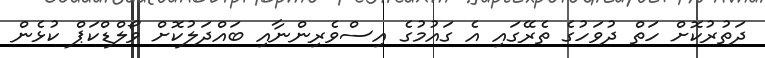
ދަތުރުކޮށް ހަތް ދުވަހުގެ ތެރޭގައި އެ ގައުމުގެ އިސްވެރިންނާއި ބައްދަލުކޮށް ވޯލްޑްކަޕް ކުޅެން